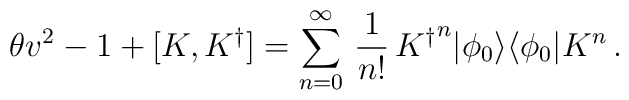
\theta v^{2}-1+[K,{K^\dagger}]=\displaystyle{\sum_{n=0}^{\infty}\,\frac{1}{n!}}\, {K^\dagger}^{n}| \phi_0\rangle\langle \phi_0| K^{n}\,.